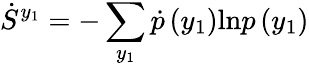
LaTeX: \dot{S}^{y_{1}}=-\sum_{y_{1}}\dot{p}\left(y_{1}\right)\mathrm{ln}p\left(y_{1}\right)